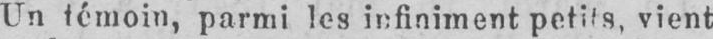
vient